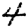
Digit: 4